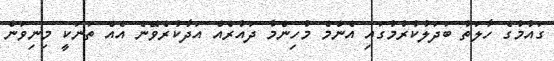
ގައުމުގެ ހާލަތު ބަދަލުކުރުމުގައި އެންމެ މުހިންމު ދައުރެއް އަދާކުރެވޭނެ އެއް ތަނަކީ މިނިވަން